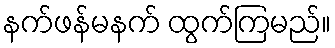
နက်ဖန်မနက် ထွက်ကြမည်။